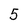
Character: 5